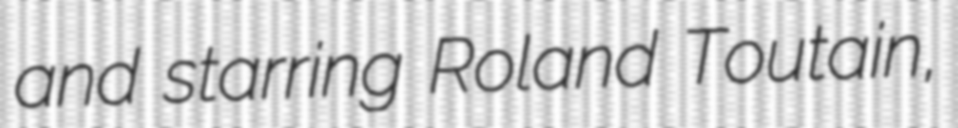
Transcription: and starring Roland Toutain,